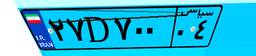
۲۷D۷۰۰۰۴